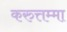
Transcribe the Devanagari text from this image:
करुत्तम्मा